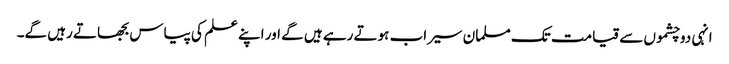
انہی دوچشموں سے قیامت تک مسلمان سیراب ہوتے رہے ہیں گے اور اپنے علم کی پیاس بجھاتے رہیں گے۔